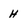
Character: h